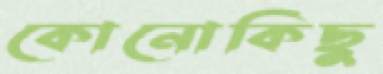
কোনোকিছু